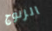
الزنوج